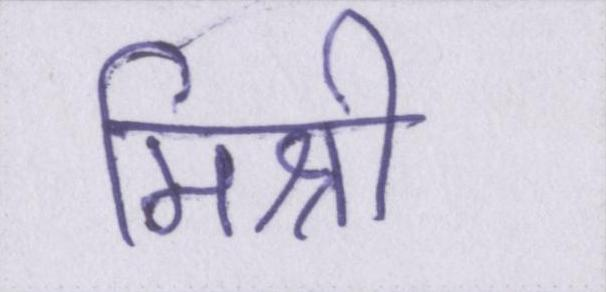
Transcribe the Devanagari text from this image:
मिश्री